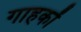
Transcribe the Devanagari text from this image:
गाहकों